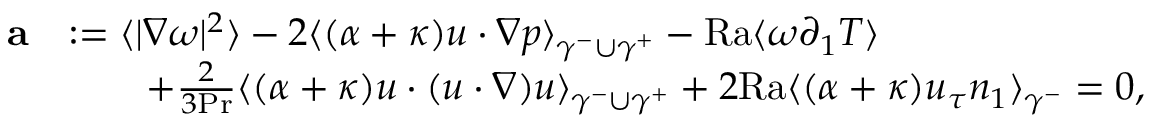
\begin{array} { r l } { \mathbf { a } } & { : = \langle | \nabla \omega | ^ { 2 } \rangle - 2 \langle ( \alpha + \kappa ) u \cdot \nabla p \rangle _ { \gamma ^ { - } \cup \gamma ^ { + } } - \mathrm { { R a } } \langle \omega \partial _ { 1 } T \rangle } \\ & { \qquad + \frac { 2 } { 3 \mathrm { P r } } \langle ( \alpha + \kappa ) u \cdot ( u \cdot \nabla ) u \rangle _ { \gamma ^ { - } \cup \gamma ^ { + } } + 2 \mathrm { { R a } } \langle ( \alpha + \kappa ) u _ { \tau } n _ { 1 } \rangle _ { \gamma ^ { - } } = 0 , } \end{array}